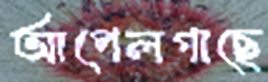
আপেলগাছে